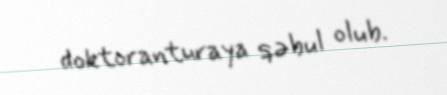
doktoranturaya qəbul olub.